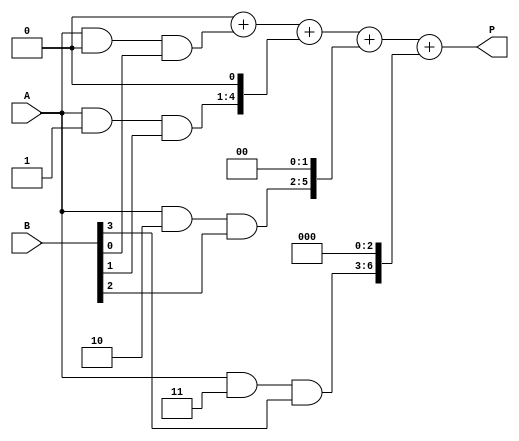
module array_multiplier #(
    parameter A_WIDTH = 4, // Bit-width of A
    parameter B_WIDTH = 4  // Bit-width of B
)(
    input wire [A_WIDTH-1:0] A, // Input A
    input wire [B_WIDTH-1:0] B, // Input B
    output reg [A_WIDTH + B_WIDTH - 1:0] P // Output product
);

    // Internal signal for storing partial products
    reg [A_WIDTH-1:0] partial_products [B_WIDTH-1:0];

    integer i, j;

    // Generate partial products
    always @(*) begin
        for (i = 0; i < B_WIDTH; i = i + 1) begin
            partial_products[i] = A & { {A_WIDTH{i}} } & B[i]; // AND operation for partial product
        end
    end
    
    // Summing the partial products
    always @(*) begin
        P = 0; // Initialize product to zero
        for (j = 0; j < B_WIDTH; j = j + 1) begin
            P = P + (partial_products[j] << j); // Shift each partial product and accumulate
        end
    end

endmodule